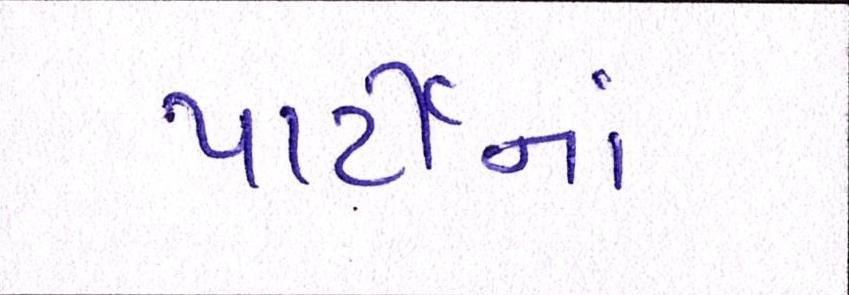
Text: પાર્ટીનાં